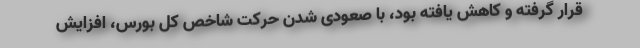
قرار گرفته و کاهش یافته بود، با صعودی شدن حرکت شاخص کل بورس، افزایش